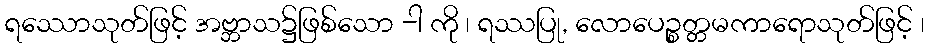
ရဿောသုတ်ဖြင့် အဗ္ဘာသ၌ဖြစ်သော -ါ ကို ၊ ရဿပြု, လောပေဉ္စတ္တမကာရောသုတ်ဖြင့် ၊